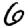
Digit: 6